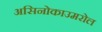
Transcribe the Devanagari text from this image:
असिनोकाउमरोल